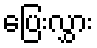
ပြေးလွှား